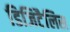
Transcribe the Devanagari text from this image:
डिजिटैलिस